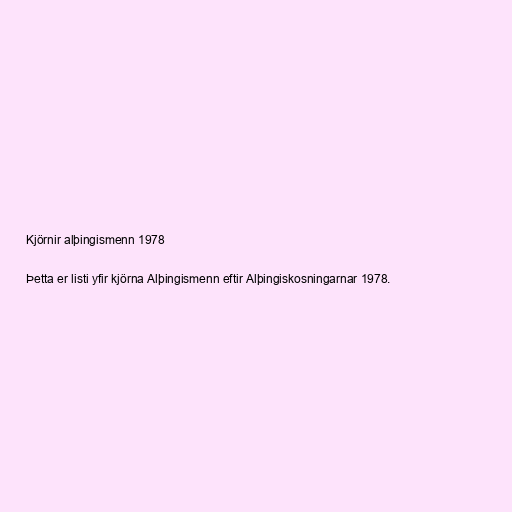
Kjörnir alþingismenn 1978

Þetta er listi yfir kjörna Alþingismenn eftir Alþingiskosningarnar 1978.